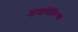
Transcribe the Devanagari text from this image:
अजलीरिया